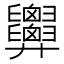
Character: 𢍹